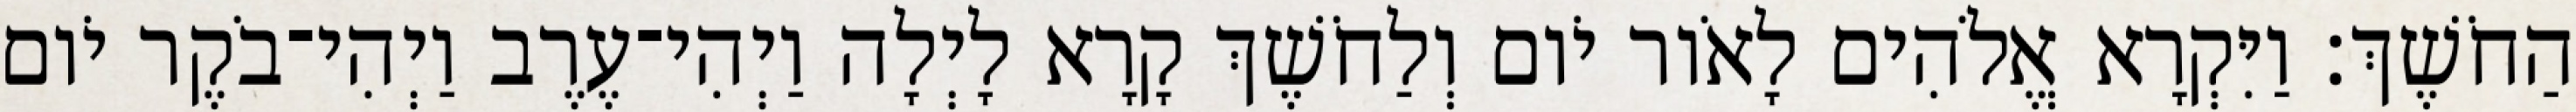
הַחֹשֶׁךְ׃ וַיִּקְרָא אֱלֹהִים לָאֹור יֹום וְלַחֹשֶׁךְ קָרָא לָיְלָה וַיְהִי־עֶרֶב וַיְהִי־בֹקֶר יֹום